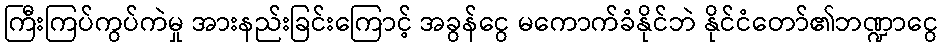
ကြီးကြပ်ကွပ်ကဲမှု အားနည်းခြင်းကြောင့် အခွန်ငွေ မကောက်ခံနိုင်ဘဲ နိုင်ငံတော်၏ဘဏ္ဍာငွေ